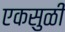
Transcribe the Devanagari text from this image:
एकसुळी